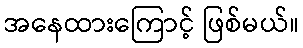
အနေထားကြောင့် ဖြစ်မယ်။